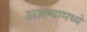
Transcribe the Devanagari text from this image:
आल्यामध्ये